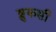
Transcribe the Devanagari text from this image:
श्लुकसी